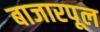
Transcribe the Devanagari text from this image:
बाजारपूल